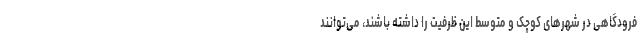
فرودگاهی در شهر‌های کوچک و متوسط این ظرفیت را داشته باشند، می‌توانند